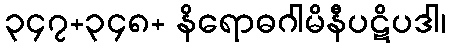
၃၄၇+၃၄၈+ နိရောဓဂါမိနီပဋိပဒါ၊